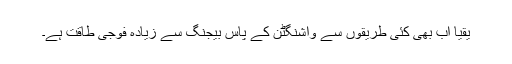
یقیاً اب بھی کئی طریقوں سے واشنگٹن کے پاس بیجنگ سے زیادہ فوجی طاقت ہے۔